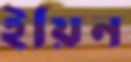
ইয়িন